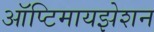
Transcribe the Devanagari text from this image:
ऑप्टिमायझेशन